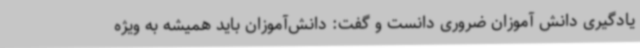
یادگیری دانش آموزان ضروری دانست و گفت: دانش‌آموزان باید همیشه به ویژه